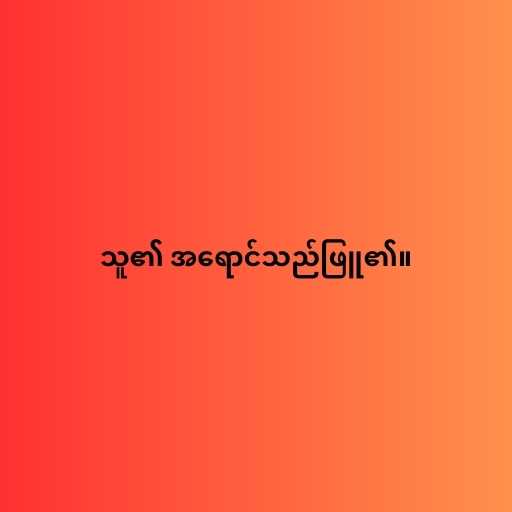
သူ၏ အရောင်သည်ဖြူ၏။